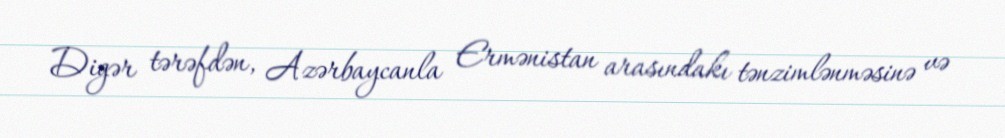
Digər tərəfdən, Azərbaycanla Ermənistan arasındakı tənzimlənməsinə və